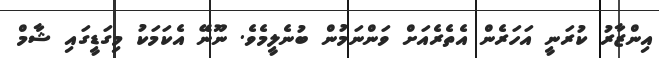
އިންޒާރު ކުރަނީ އަހަރެން އެތެރެއަށް ވަންނަމުން ބުނެލީމެވެ. ނޫނޭ އެކަމަކު މިގަޑީގައި ޝާމް